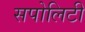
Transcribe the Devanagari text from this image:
सपोलिटी